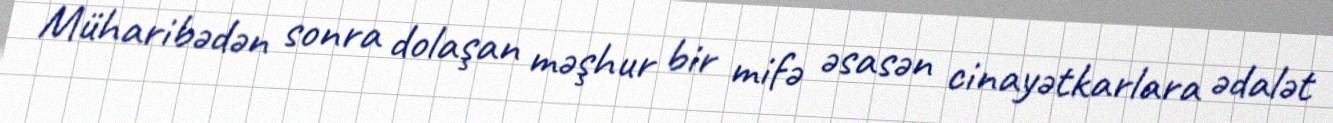
Müharibədən sonra dolaşan məşhur bir mifə əsasən cinayətkarlara ədalət